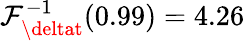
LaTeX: \mathcal{F}_{\deltat}^{-1}(0.99)=4.26